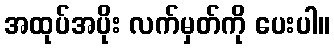
အထုပ်အပိုး လက်မှတ်ကို ပေးပါ။